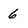
Character: 6